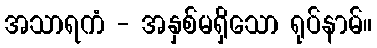
အသာရကံ - အနှစ်မရှိသော ရုပ်နာမ်။